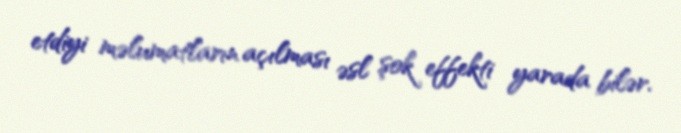
etdiyi məlumatların açılması əsl şok effekti yarada bilər.